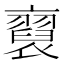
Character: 𧞂